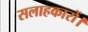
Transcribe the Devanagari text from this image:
सलाहकारों।